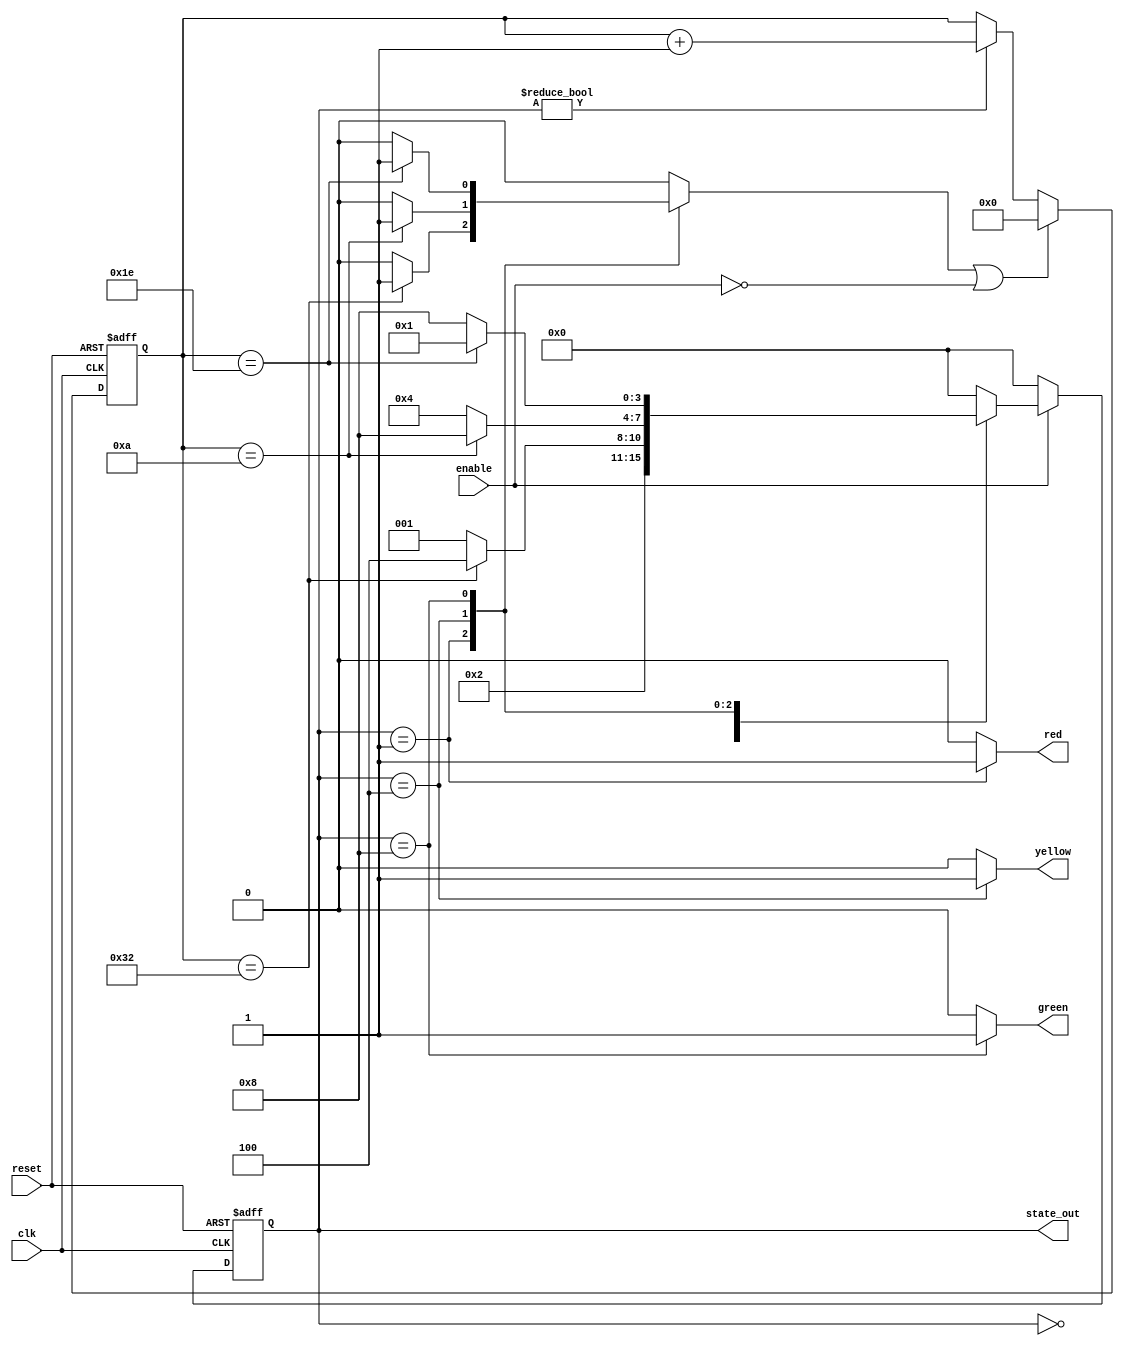
module traffic_light (clk,reset,enable,red,yellow,green,state_out);
    
input clk, reset, enable;
output reg red, yellow, green;
output [3:0] state_out;

//Declare the parameters
parameter OFF=4'd0;
parameter RED=4'd1;
parameter YELLOW=4'd4;
parameter GREEN=4'd8;

//Declare the logic for the state
reg [3:0] state;                        //the sequential part
reg [3:0] next_state;                   //the combinational part
reg [5:0] timer;                        //counter keeps the gate open
reg timer_clear;                        //when set resets the timer value

//Next State Logic
always @(*) begin
    
        next_state = OFF;
        red=0; yellow=0; green=0;
        timer_clear=0;

        case (state)

            OFF: begin
                    if(enable)
                        next_state = RED;
                    else
                        next_state = OFF; 
            end 

            RED: begin
                    red=1;
                    if (timer==6'd50) begin
                        next_state = YELLOW;
                        timer_clear=1;
                    end
                    else
                        next_state = RED;
            end 

            YELLOW: begin
                    yellow=1;
                    if (timer==6'd10) begin
                        next_state = GREEN;
                        timer_clear=1;
                    end
                    else
                        next_state = YELLOW;
            end

            GREEN: begin
                    green=1;
                    if (timer==6'd30) begin
                        next_state = RED;
                        timer_clear=1;
                    end
                    else
                        next_state = GREEN;
            end  

            default: next_state = OFF; 
        endcase

//Return from any state to OFF if enable=0
                    if(!enable)
                        next_state = OFF;
end

//State Sequencer Logic
always @(posedge clk or negedge reset) begin

        if(!reset)
            state <= OFF;
        else
            state <= next_state;

end

assign state_out = state;

//Timer Logic
always @(posedge clk or negedge reset) begin
    
        if(!reset)
            timer <= 0;
        else if((timer_clear==1) || (!enable))
            timer <= 0;
        else if(state != OFF)
            timer <= timer + 1;

end
endmodule